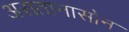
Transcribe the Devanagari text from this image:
असतानासोन